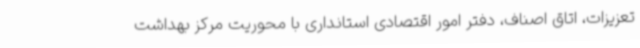
تعزیزات، اتاق اصناف، دفتر امور اقتصادی استانداری با محوریت مرکز بهداشت